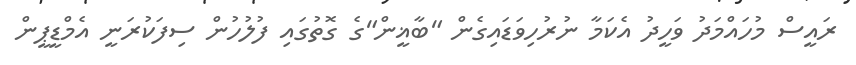
ރައީސް މުހައްމަދު ވަހީދު އެކަމާ ނުރުހިވަޑައިގެން "ބާޣީން"ގެ ގޮތުގައި ފުލުހުން ސިފަކުރަނީ އެމްޑީޕީން